Scottish Education Department, 1929
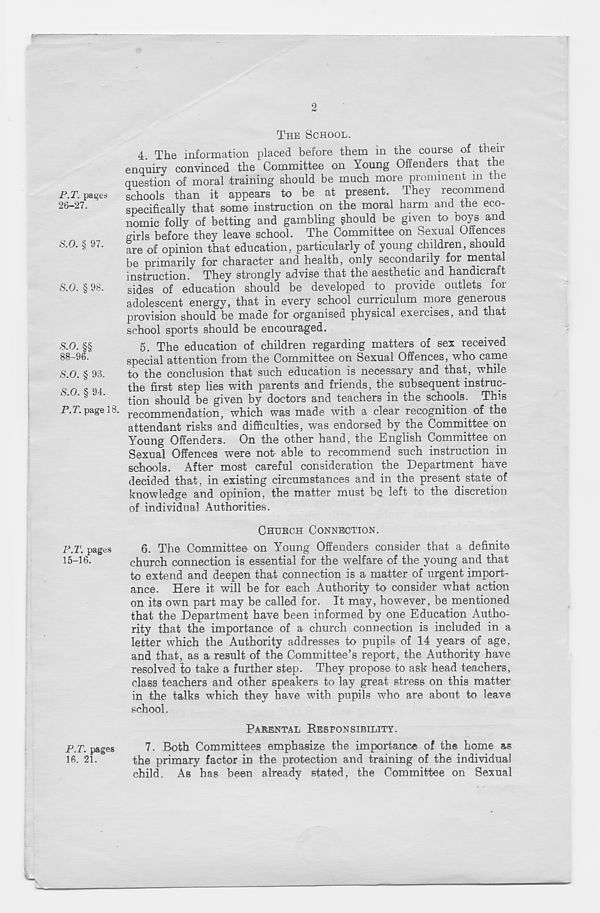
2
P.T. pages
26-27.
8.0. § 97.
8.0. § 98.
*0. §§
88-96.
8.0. § 93.
8.0. § 94.
P.T. page 18.
P.T. pages
15-16.
P.T. pages
16. 21.
THE SCHOOL.
4. The information placed before them in the course of their
enquiry convinced the Committee on Young Offenders that the
question of moral training should be much more prominent m the
schools than it appears to be at present. They recommend
specifically that some instruction on the moral harm and the eco-
nomic folly of betting and gambling ghould be given to boys and
girls before they leave school. The Committee on Sexual Offences
are of opinion that education, particularly of young children, should
be primarily for character and health, only secondarily for men a
instruction. They strongly advise that the aesthetic and handicraft
sides of education should be developed to provide outlets foi
adolescent energy, that in every school curriculum more generous
provision should be made for organised physical exercises, and that
school sports should be encouraged.
5. The education of children regarding matters of sex received
special attention from the Committee on Sexual Offences, who came
to the conclusion that such education is necessary and that, while
the first step lies with parents and friends, the subsequent instruc-
tion should be given by doctors and teachers in the schools. This
recommendation, which was made with a clear recognition of the
attendant risks and difficulties, was endorsed by the Committee on
Young Offenders. On the other hand, the English Committee on
Sexual Offences were not able to recommend such instruction in
schools. After most careful consideration the Department have
decided that, in existing circumstances and in the present state of
knowledge and opinion, the matter must be left to the discretion
of individual Authorities.
CHURCH CONNECTION.
6. The Committee on Young Offenders consider that a definite
church connection is essential for the welfare of the young and that
to extend and deepen that connection is a matter of urgent import-
ance. Here it will be for each Authority to consider what action
on its own part may be called for. It may, however, be mentioned
that the Department have been informed by one Education Autho-
rity that the importance of a church connection is included in a
letter which the Authority addresses to pupils of 14 years of age,
and that, as a result of the Committee’s report, the Authority have
resolved to take a further step. They propose to ask head teachers,
class teachers and other speakers to lay great stress on this matter
in the talks which they have with pupils who are about to leave
school.
PARENTAL RESPONSIBILITY.
7. Both Committees emphasize the importance of the home as
the primary factor in the protection and training of the individual
child. As has been already stated, the Committee on Sexual